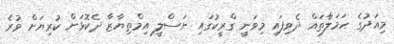
މިއަދުގެ ހަމަލާތައް ދެވިފައި މިވަނީ ގްރީކުގައި ނަސްލީ އިމްތިޔާޒާ ދެކޮޅަށް ކުރިޔަށް ވުރެ